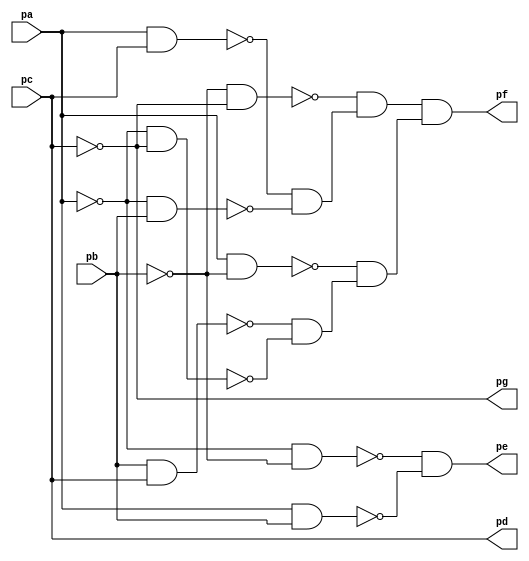
module top ( 
    pa, pb, pc,
    pd, pe, pf, pg  );
  input  pa, pb, pc;
  output pd, pe, pf, pg;
  wire new_n8_, new_n9_, new_n11_, new_n12_, new_n13_, new_n14_, new_n15_,
    new_n16_, new_n17_, new_n18_, new_n19_, new_n20_;
  assign new_n8_ = ~pa & ~pb;
  assign new_n9_ = pa & pb;
  assign pe = ~new_n8_ & ~new_n9_;
  assign new_n11_ = pb & pc;
  assign new_n12_ = ~pa & ~pc;
  assign new_n13_ = pa & ~pb;
  assign new_n14_ = pa & pc;
  assign new_n15_ = ~pa & pb;
  assign new_n16_ = ~pb & ~pc;
  assign new_n17_ = ~new_n14_ & ~new_n15_;
  assign new_n18_ = ~new_n16_ & new_n17_;
  assign new_n19_ = ~new_n11_ & ~new_n12_;
  assign new_n20_ = ~new_n13_ & new_n19_;
  assign pf = new_n18_ & new_n20_;
  assign pg = ~pc;
  assign pd = pc;
endmodule